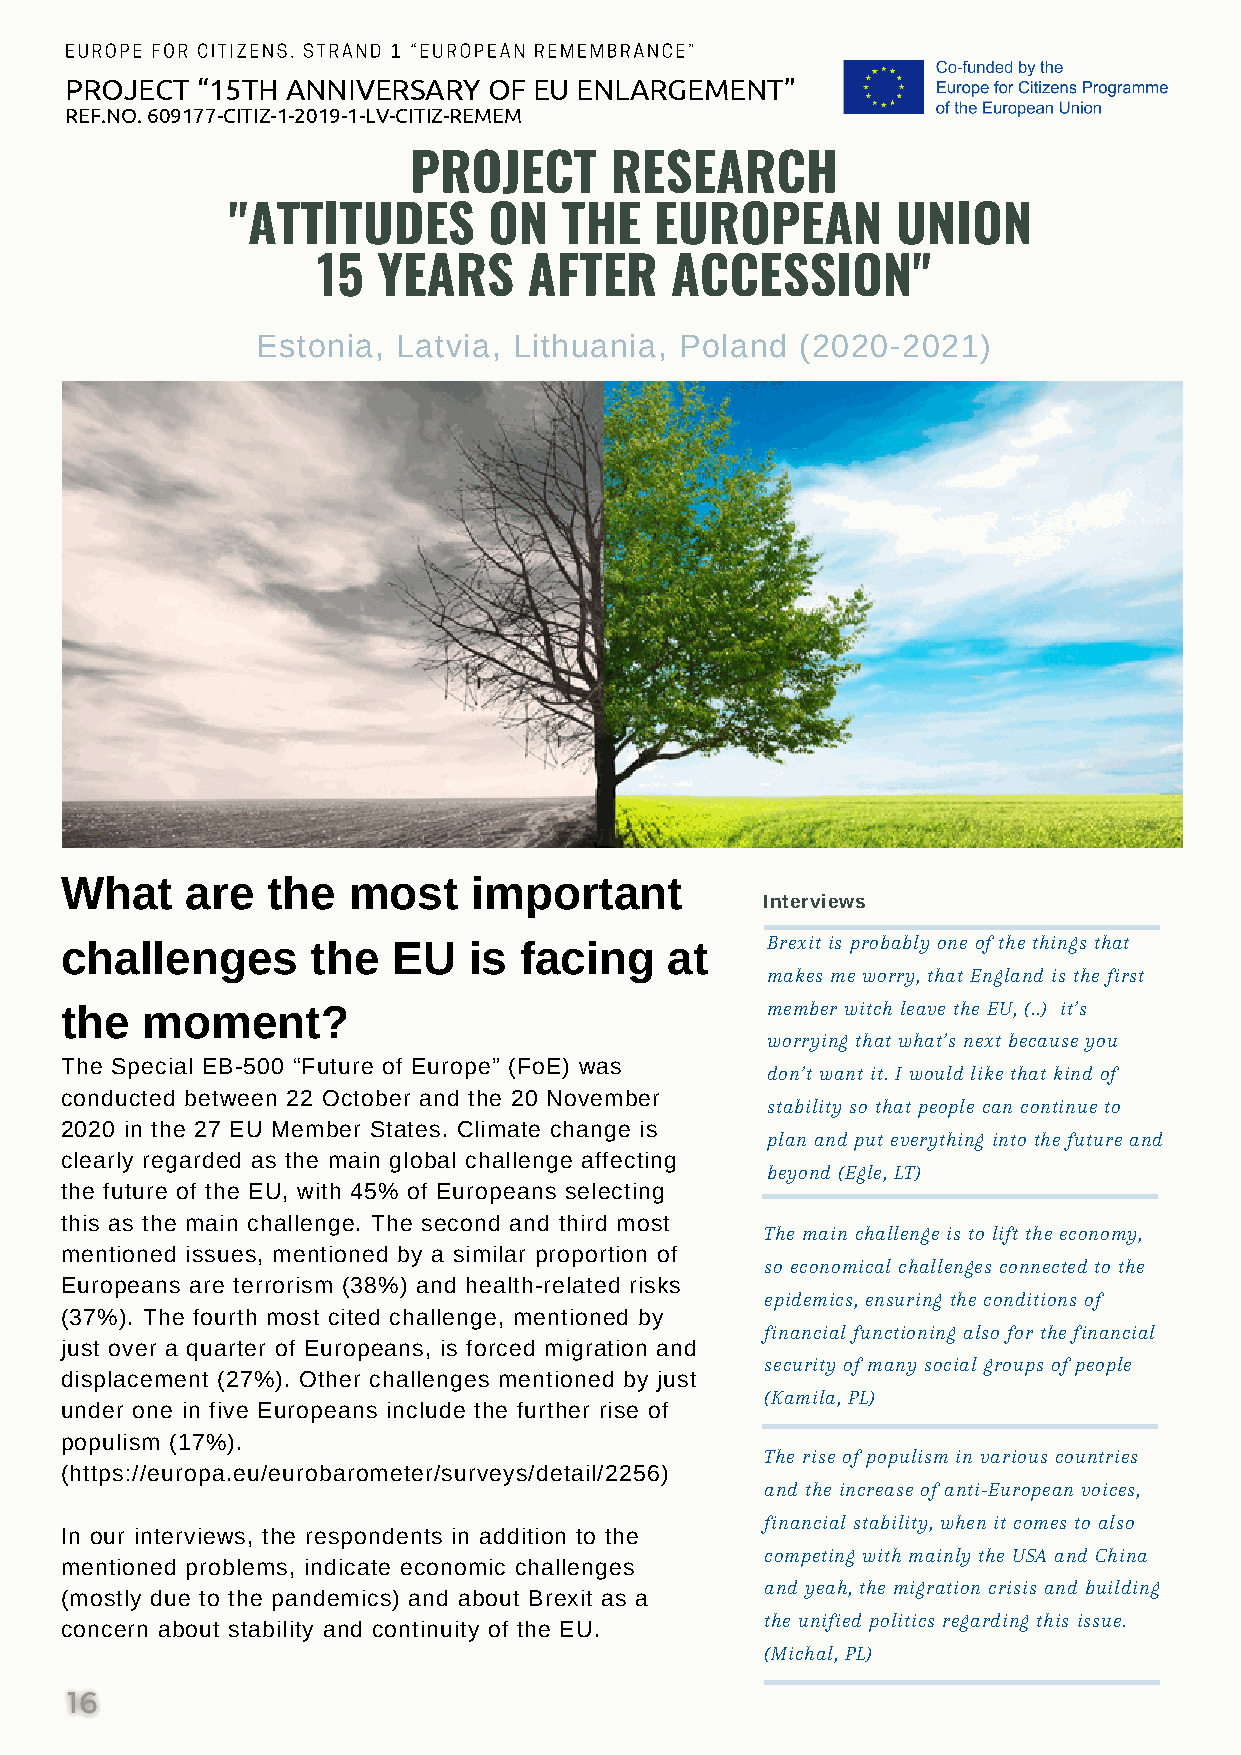
EUROPE FOR CITIZENS. STRAND 1 “EUROPEAN REMEMBRANCE”
 PROJECT  “15TH ANNIVERSARY  OF EU ENLARGEMENT”
 REF.NO. 609177-CITIZ-1-2019-1-LV-CITIZ-REMEM
 PROJECT      RESEARCH
 "ATTITUDES       ON   THE   EUROPEAN        UNION
 15  YEARS     AFTER    ACCESSION"
 Estonia, Latvia, Lithuania, Poland  (2020-2021)
 What    are   the  most    important
 Interviews
 challenges       the  EU   is facing    at     Brexit is probably one of the things that
 makes me worry, that England is the first
 the  moment?                                   member witch leave the EU, (..) it’s
 worrying that what’s next because you
 The Special EB-500 “Future of Europe” (FoE) was
 don’t want it. I would like that kind of
 conducted between 22 October and the 20 November
 stability so that people can continue to
 2020 in the 27 EU Member States. Climate change is
 plan and put everything into the future and
 clearly regarded as the main global challenge affecting
 beyond (Egle, LT)
 the future of the EU, with 45% of Europeans selecting
 this as the main challenge. The second and third most
 The main challenge is to lift the economy,
 mentioned issues, mentioned by a similar proportion of
 so economical challenges connected to the
 Europeans are terrorism (38%) and health-related risks
 epidemics, ensuring the conditions of
 (37%). The fourth most cited challenge, mentioned by
 financial functioning also for the financial
 just over a quarter of Europeans, is forced migration and
 security of many social groups of people
 displacement (27%). Other challenges mentioned by just
 (Kamila, PL)
 under one in five Europeans include the further rise of
 populism (17%).
 The rise of populism in various countries
 (https://europa.eu/eurobarometer/surveys/detail/2256)
 and the increase of anti-European voices,
 financial stability, when it comes to also
 In our interviews, the respondents in addition to the
 competing with mainly the USA and China
 mentioned problems, indicate economic challenges
 and yeah, the migration crisis and building
 (mostly due to the pandemics) and about Brexit as a
 the unified politics regarding this issue.
 concern about stability and continuity of the EU.
 (Michal, PL)